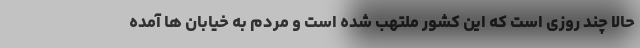
حالا چند روزی است که این کشور ملتهب شده است و مردم به خیابان ها آمده